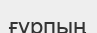
ғұрпың